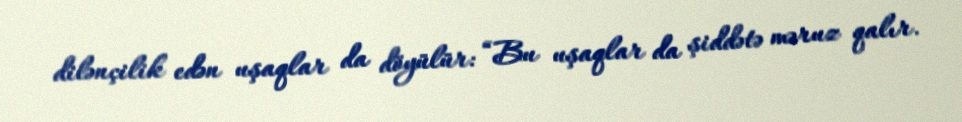
dilənçilik edən uşaqlar da döyülür: “Bu uşaqlar da şiddətə məruz qalır.